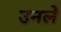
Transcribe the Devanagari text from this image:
उनले